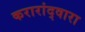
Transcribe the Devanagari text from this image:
करारांद्वारा